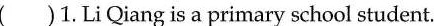
( )1. Li Qiang is a primary school student.